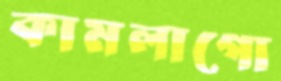
কামলাগো